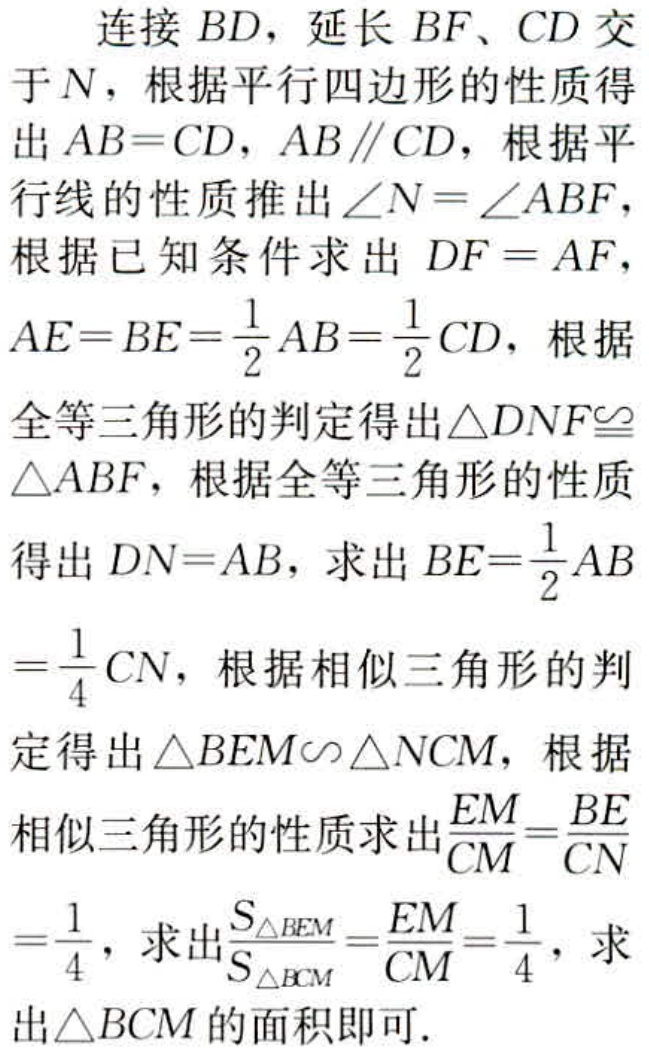
连接 \(BD\)，延长 \(BF\)、\(CD\) 交于 \(N\)，根据平行四边形的性质得出 \(AB = CD\)，\(AB\parallel CD\)，根据平行线的性质推出 \(\angle N=\angle ABF\)，根据已知条件求出 \(DF = AF\)，\(AE = BE=\frac{1}{2}AB=\frac{1}{2}CD\)，根据全等三角形的判定得出 \(\triangle DNF\cong\triangle ABF\)，根据全等三角形的性质得出 \(DN = AB\)，求出 \(BE=\frac{1}{2}AB=\frac{1}{4}CN\)，根据相似三角形的判定得出 \(\triangle BEM\sim\triangle NCM\)，根据相似三角形的性质求出 \(\frac{EM}{CM}=\frac{BE}{CN}=\frac{1}{4}\)，求出 \(\frac{S_{\triangle BEM}}{S_{\triangle BCM}}=\frac{EM}{CM}=\frac{1}{4}\)，求出 \(\triangle BCM\) 的面积即可.